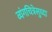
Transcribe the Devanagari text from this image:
व्यंगचित्रेसुध्दा